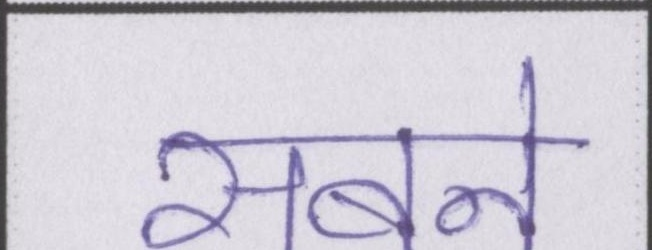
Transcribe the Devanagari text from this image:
सबने